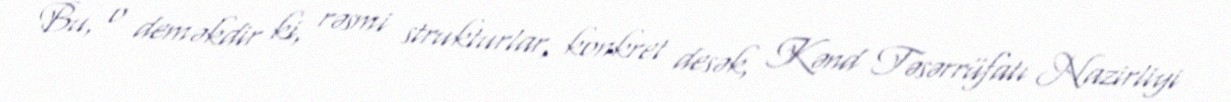
Bu, o deməkdir ki, rəsmi strukturlar, konkret desək, Kənd Təsərrüfatı Nazirliyi